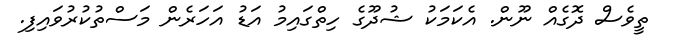
ތީވެސް ދޮގެއް ނޫން. އެކަމަކު ޝުދޫގެ ހިތްގައިމު އަޑު އަހަރެން މަސްތުކުރުވައިފި.